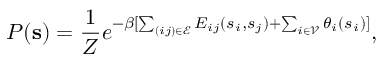
P ( \mathbf { s } ) = \frac { 1 } { Z } e ^ { - \beta [ \sum _ { ( i j ) \in \mathcal { E } } E _ { i j } ( s _ { i } , s _ { j } ) + \sum _ { i \in \mathcal { V } } \theta _ { i } ( s _ { i } ) ] } ,